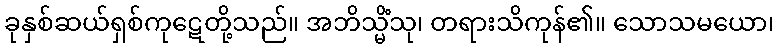
ခုနှစ်ဆယ်ရှစ်ကုဋေတို့သည်။ အဘိသ္မိံသု၊ တရားသိကုန်၏။ သောသမယော၊